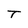
Character: T